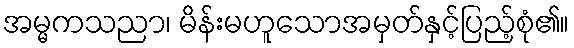
အမ္မကသညာ၊ မိန်းမဟူသောအမှတ်နှင့်ပြည့်စုံ၏။